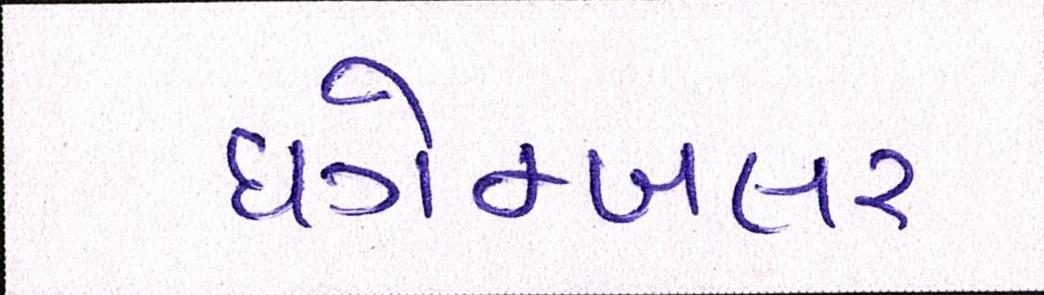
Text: ધગેમ્બલર